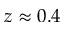
z \approx 0 . 4